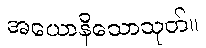
အယောနိသောသုတ်။